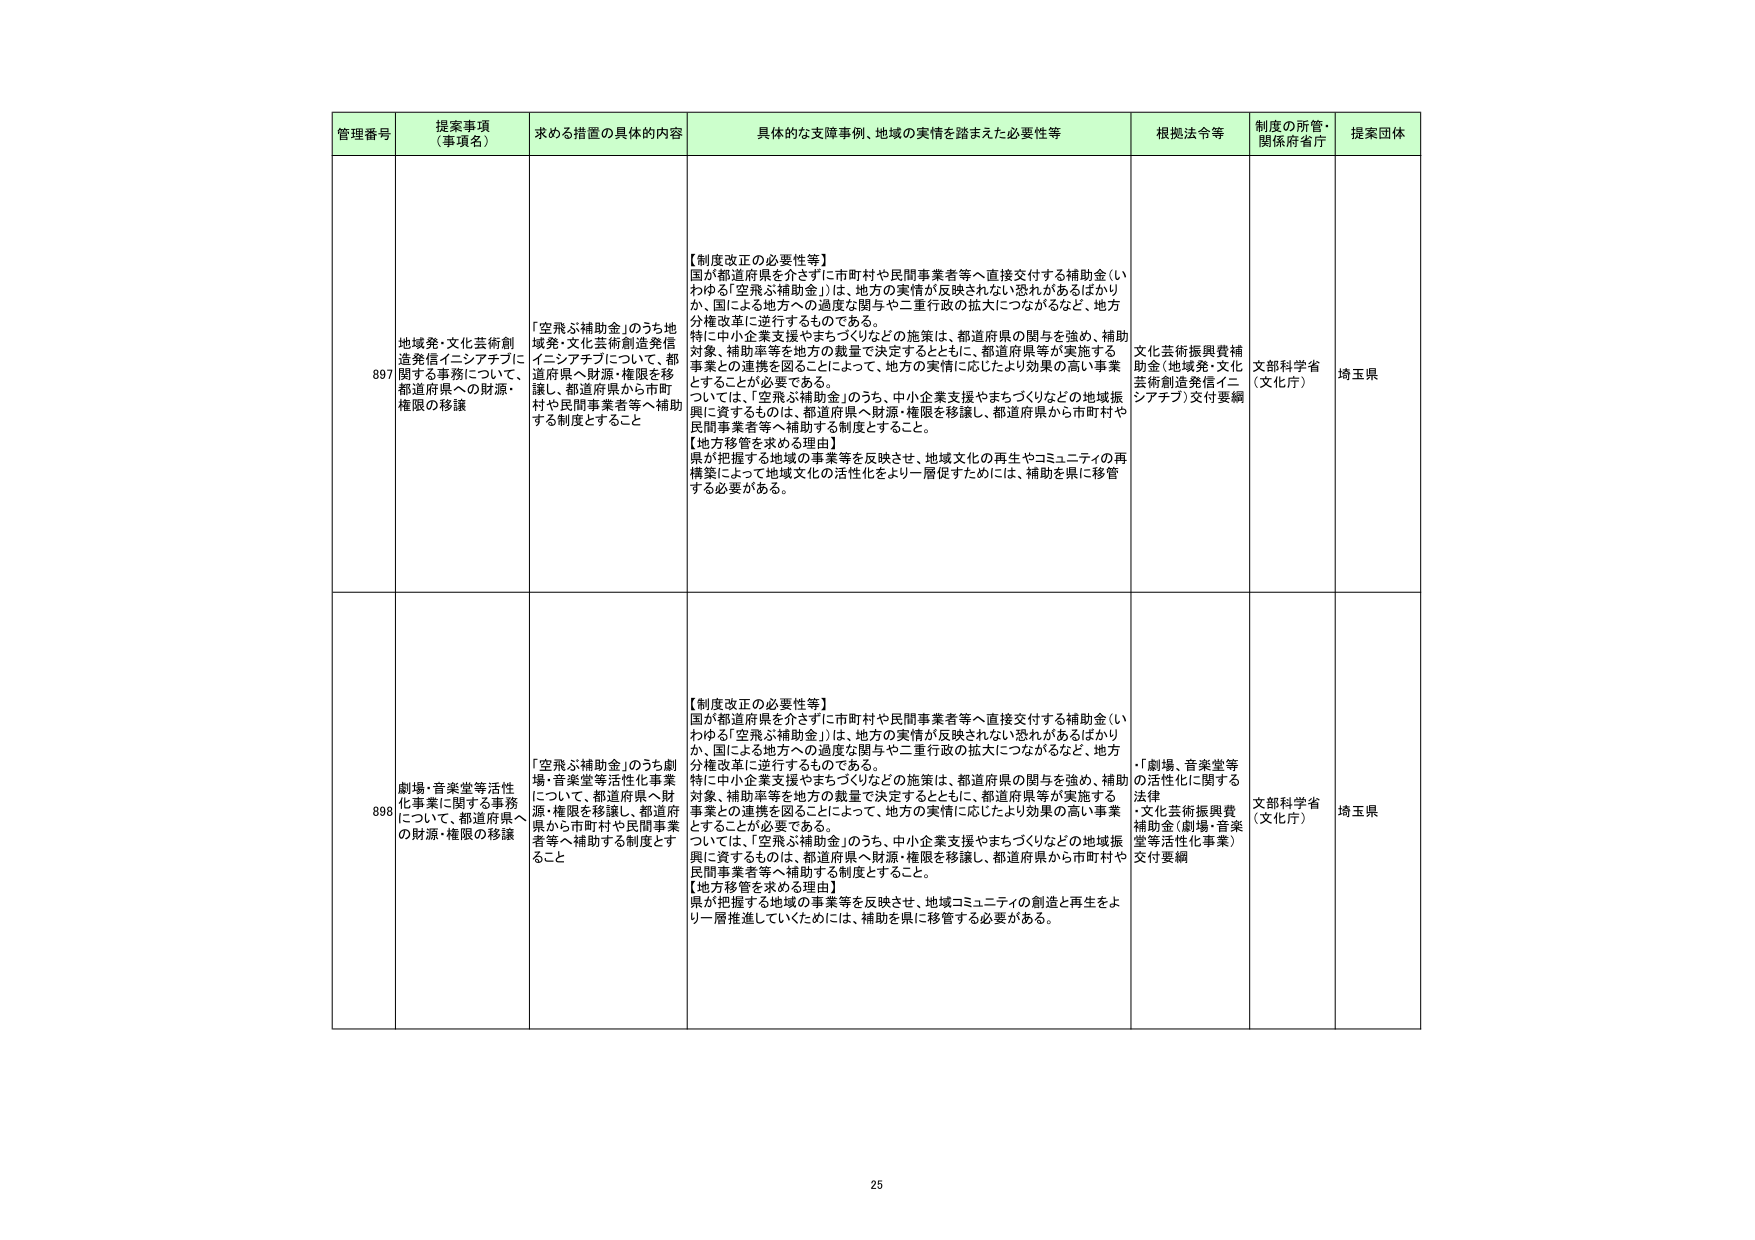
管理番号 提案事項 （事項名） 求める措置の具体的内容 具体的な支障事例、地域の実情を踏まえた必要性等 根拠法令等 制度の所管・ 関係府省庁 提案団体

897 地域発・文化芸術創造発信イニシアチブに関する事務について、都道府県への財源・権限の移譲 「空飛ぶ補助金」のうち地域発・文化芸術創造発信イニシアチブについて、都道府県へ財源・権限を移譲し、都道府県から市町村や民間事業者等へ補助する制度とすること 【制度改正の必要性等】 国が都道府県を介さずに市町村や民間事業者等へ直接交付する補助金（いわゆる「空飛ぶ補助金」）は、地方の実情が反映されない恐れがあるばかりか、国による地方への過度な関与や二重行政の拡大につながるなど、地方分権改革に逆行するものである。 特に中小企業支援やまちづくりなどの施策は、都道府県の関与を強め、補助対象、補助率等を地方の裁量で決定するとともに、都道府県等が実施する事業との連携を図ることによって、地方の実情に応じたより効果の高い事業とすることが必要である。 ついては、「空飛ぶ補助金」のうち、中小企業支援やまちづくりなどの地域振興に資するものは、都道府県へ財源・権限を移譲し、都道府県から市町村や民間事業者等へ補助する制度とすること。 【地方移管を求める理由】 県が把握する地域の事業等を反映させ、地域文化の再生やコミュニティの再構築によって地域文化の活性化をより一層促すためには、補助を県に移管する必要がある。 文化芸術振興費補助金（地域発・文化芸術創造発信イニシアチブ）交付要綱 文部科学省 （文化庁） 埼玉県

898 劇場・音楽堂等活性化事業に関する事務について、都道府県への財源・権限の移譲 「空飛ぶ補助金」のうち劇場・音楽堂等活性化事業について、都道府県へ財源・権限を移譲し、都道府県から市町村や民間事業者等へ補助する制度とすること 【制度改正の必要性等】 国が都道府県を介さずに市町村や民間事業者等へ直接交付する補助金（いわゆる「空飛ぶ補助金」）は、地方の実情が反映されない恐れがあるばかりか、国による地方への過度な関与や二重行政の拡大につながるなど、地方分権改革に逆行するものである。 特に中小企業支援やまちづくりなどの施策は、都道府県の関与を強め、補助対象、補助率等を地方の裁量で決定するとともに、都道府県等が実施する事業との連携を図ることによって、地方の実情に応じたより効果の高い事業とすることが必要である。 ついては、「空飛ぶ補助金」のうち、中小企業支援やまちづくりなどの地域振興に資するものは、都道府県へ財源・権限を移譲し、都道府県から市町村や民間事業者等へ補助する制度とすること。 【地方移管を求める理由】 県が把握する地域の事業等を反映させ、地域コミュニティの創造と再生をより一層推進していくためには、補助を県に移管する必要がある。 ・「劇場・音楽堂等の活性化に関する法律」 ・文化芸術振興費補助金（劇場・音楽堂等活性化事業）交付要綱 文部科学省 （文化庁） 埼玉県

25